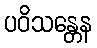
ပဝိသန္တေန